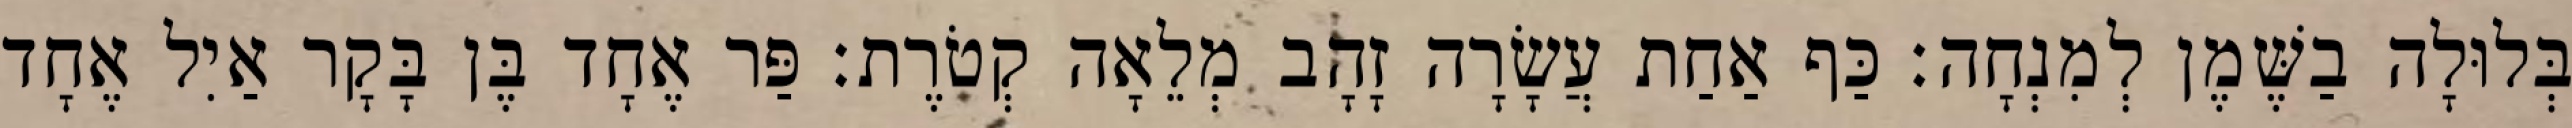
בְּלוּלָה בַשֶּׁמֶן לְמִנְחָה׃ כַּף אַחַת עֲשָׂרָה זָהָב מְלֵאָה קְטֹרֶת׃ פַּר אֶחָד בֶּן בָּקָר אַיִל אֶחָד